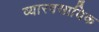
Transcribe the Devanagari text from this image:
व्यारवसायिक